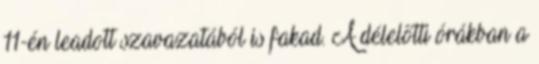
11-én leadott szavazatából is fakad. A délelőtti órákban a